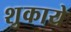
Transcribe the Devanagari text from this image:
शुकाये